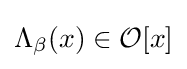
\Lambda _{\beta }(x)\in {\mathcal {O}}[x]